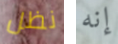
نظل إنه